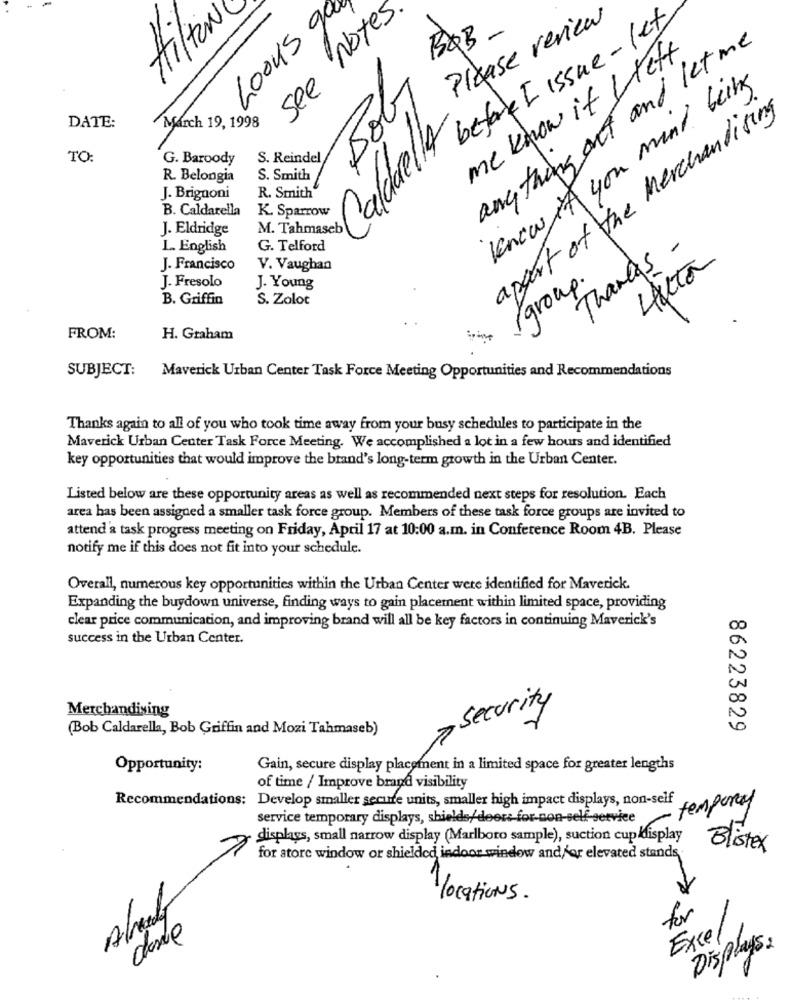
-
Looks qu
see Notes
Please review
before I issue- let
Hilton
150B-
anything out and let me
me know it wieft
know if you mind being
appart of the Merchandising
DATE:
March 19, 1998
CaldwellA
TO:
G. Baroody
R. Belongia
S. Smith
J. Brignoni
R. Smith
B. Caldarella
K. Sparrow
J. Eldridge
L. English
G. Telford
Thanks -
4 ta
J. Francisco
V. Vaughan
group.
J. Fresolo
J. Young
B. Griffin
S. Zolot
FROM:
H. Graham
SUBJECT:
Maverick Urban Center Task Force Meeting Opportunities and Recommendations
Thanks again to all of you who took time away from your busy schedules to participate in the
Maverick Urban Center Task Force Meeting. We accomplished a lot in a few hours and identified
key opportunities that would improve the brand's long-term growth in the Urban Center.
Listed below are these opportunity areas as well as recommended next steps for resolution. Each
area has been assigned a smaller task force group. Members of these task force groups are invited to
attend a task progress meeting on Friday, April 17 at 10:00 a.m. in Conference Room 4B. Please
notify me if this does not fit into your schedule.
Overall, numerous key opportunities within the Urban Center were identified for Maverick.
Expanding the buydown universe, finding ways to gain placement within limited space, providing
clear price communication, and improving brand will all be key factors in continuing Maverick's
success in the Urban Center.
Merchandising
- security
(Bob Caldarella, Bob Griffin and Mozi Tahmaseb)
86223829
Opportunity:
Gain, secure display placement in a limited space for greater lengths
of time / Improve brand visibility
Recommendations: Develop smaller secure units, smaller high impact displays, non-self conpercy
service temporary displays, shields/deer: for-non-self-service
displays, small narrow display (Marlboro sample), suction cup ldisplay
Blistex
for store window or shielded indoor window and/or elevated stands
locations .
Already
for
Excel
Displays2